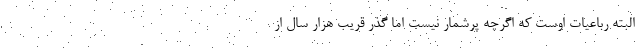
البته رباعیات اوست که اگرچه پرشمار نیست اما گذر قریب هزار سال از